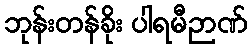
ဘုန်းတန်ခိုး ပါရမီဉာဏ်